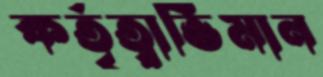
কর্তৃত্বাভিমান